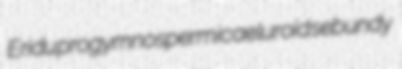
Eridu progymnospermic aeluroid sebundy